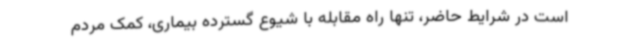
است در شرایط حاضر، تنها راه مقابله با شیوع گسترده بیماری، کمک مردم